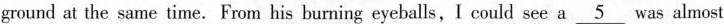
ground at the same time. From his burning eyeballs, I could see a \underline{5} was almost